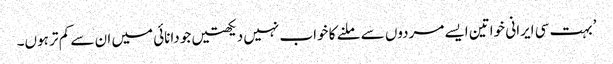
’بہت سی ایرانی خواتین ایسے مردوں سے ملنے کا خواب نہیں دیکھتیں جو دانائی میں ان سے کم تر ہوں۔